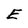
Character: E